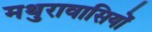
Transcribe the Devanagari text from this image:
मथुरावासियों